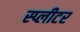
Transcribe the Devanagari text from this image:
स्प्लीटर